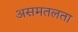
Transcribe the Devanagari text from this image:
असमतलता